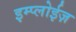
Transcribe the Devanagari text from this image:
इम्प्लोईज़